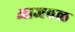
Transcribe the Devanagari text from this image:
आजवळ